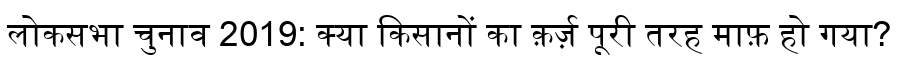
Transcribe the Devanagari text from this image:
लोकसभा चुनाव 2019: क्या किसानों का क़र्ज़ पूरी तरह माफ़ हो गया?